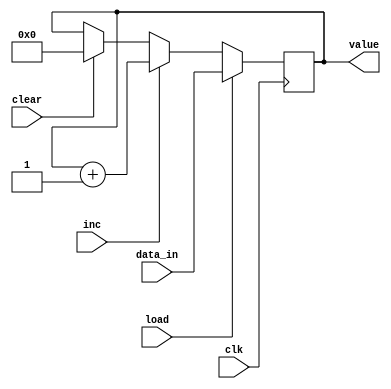
module reg_8b_von (data_in, clk, load, inc, clear, value);

    input [7:0] data_in;
    input clk, load, inc, clear;
    output reg [7:0] value;

    initial value = 8'b00000000;

    always @(posedge clk) begin
    if (load) begin
        value <= data_in;
    end else if (inc) begin
        value <= value + 1;
    end else if (clear) begin
        value = 8'b00000000;
    end

    end
    
endmodule